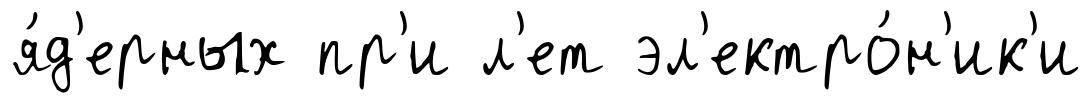
я́д'ерных пр'и л'ет эл'ектро́н'ик'и